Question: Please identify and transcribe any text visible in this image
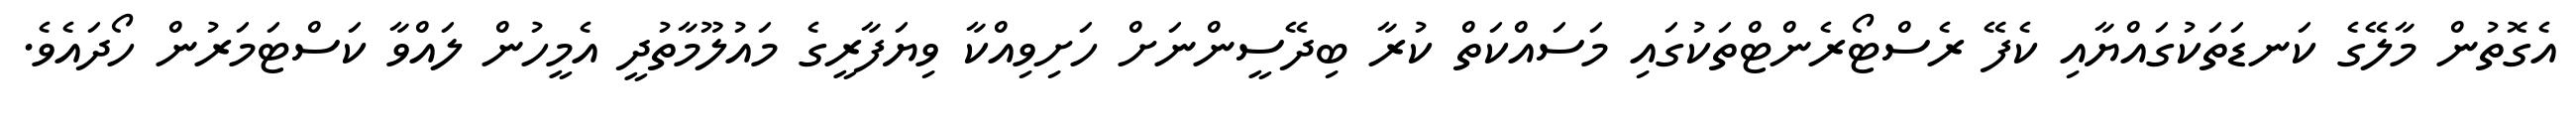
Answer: އެގޮތުން މާލޭގެ ކަނޑަތަކުގައްޔާއި ކެފޭ ރެސްޓޯރެންޓްތަކުގައި މަސައްކަތް ކުރާ ބިދޭސީންނަށް ހަށިވިއްކާ ވިޔަފާރީގެ މައުލޫމާތުދީ އެމީހުން ލައްވާ ކަސްޓަމަރުން ހޯދައެވެ.